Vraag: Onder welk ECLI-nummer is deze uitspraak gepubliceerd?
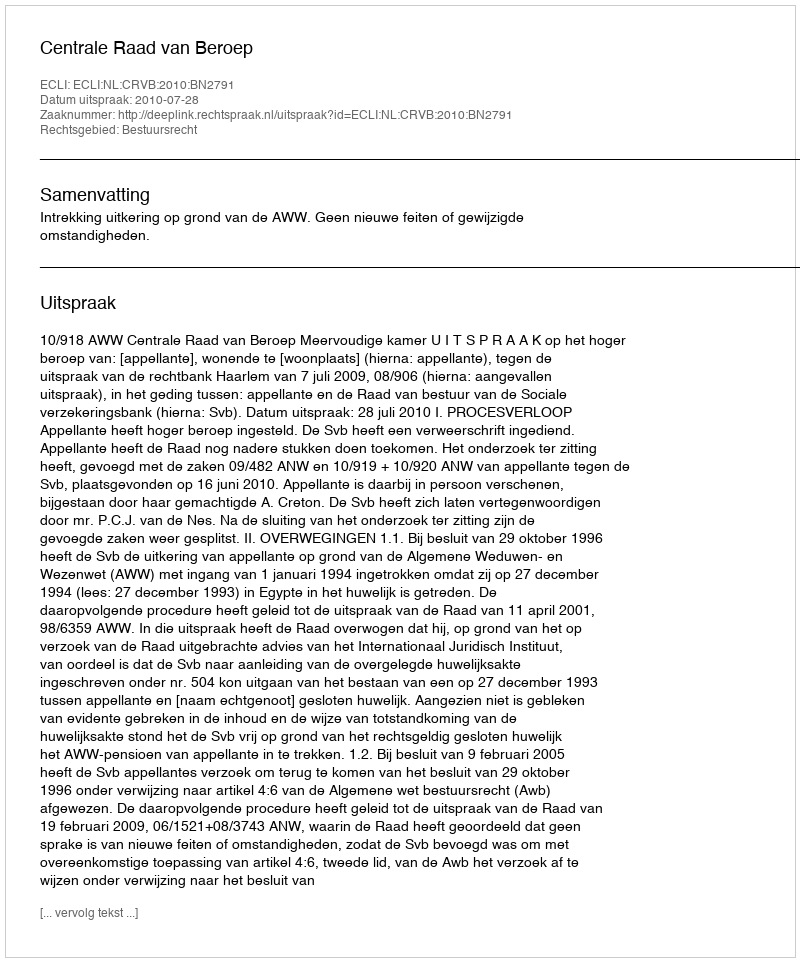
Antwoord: ECLI:NL:CRVB:2010:BN2791